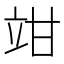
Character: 𥩩